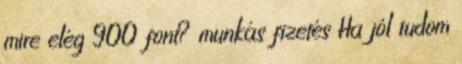
mire elég 900 font? munkás fizetés Ha jól tudom